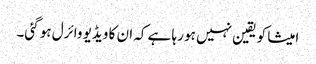
امیشا کو یقین نہیں ہو رہا ہے کہ ان کا ویڈیو وائرل ہو گئی۔